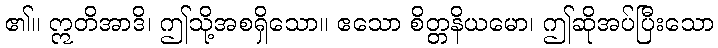
၏။ ဣတိအာဒိ၊ ဤသို့အစရှိသော။ ဧသော စိတ္တနိယမော၊ ဤဆိုအပ်ပြီးသော